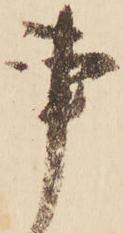
事